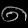
Digit: ၈